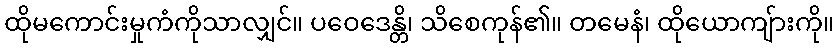
ထိုမကောင်းမှုကံကိုသာလျှင်။ ပဝေဒေန္တိ၊ သိစေကုန်၏။ တမေနံ၊ ထိုယောကျ်ားကို။